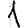
Digit: 1